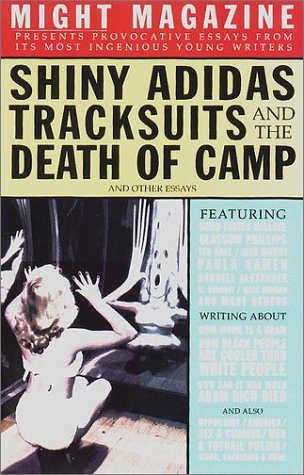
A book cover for Shiny Adidas Tracksuits and the Death of Camp and Other Essays from Might Magazine; Might Magazine editors; Humor & Entertainment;